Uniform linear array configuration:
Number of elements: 4
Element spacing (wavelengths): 0.25
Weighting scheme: blackman
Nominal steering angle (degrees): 0
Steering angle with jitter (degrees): -0.7724
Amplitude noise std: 0.05
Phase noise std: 0.05

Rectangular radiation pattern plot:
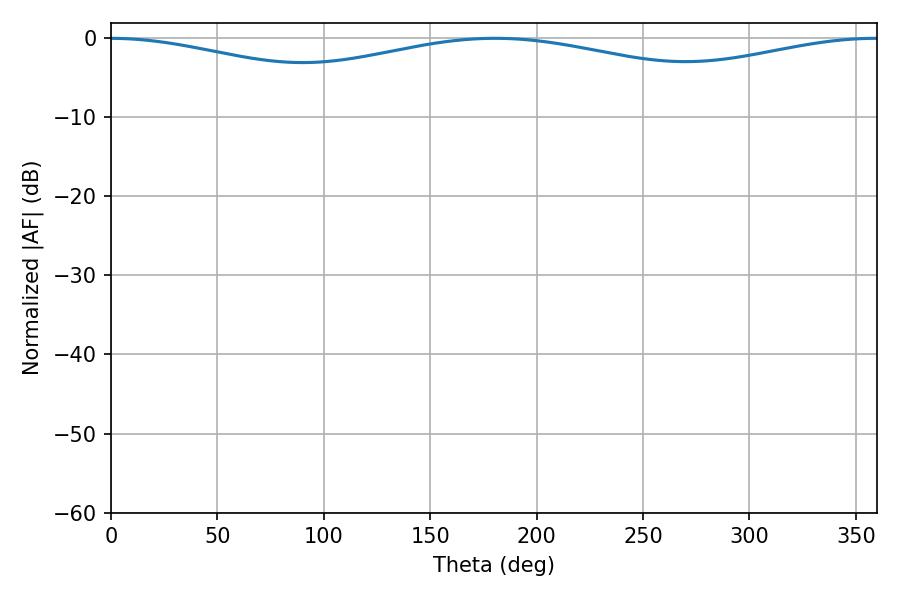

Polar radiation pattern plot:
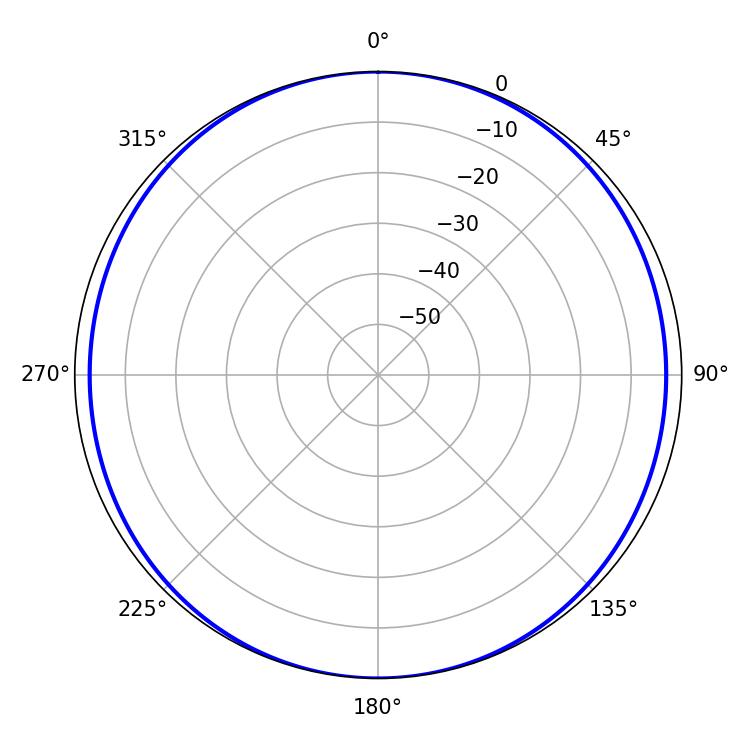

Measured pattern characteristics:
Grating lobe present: FALSE
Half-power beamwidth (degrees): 262.26
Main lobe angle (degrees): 180.54